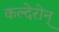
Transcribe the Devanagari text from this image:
कल्देरोन्